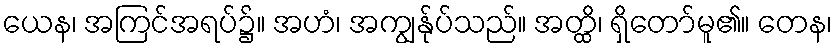
ယေန၊ အကြင်အရပ်၌။ အဟံ၊ အကျွန်ုပ်သည်။ အတ္ထိ၊ ရှိတော်မူ၏။ တေန၊